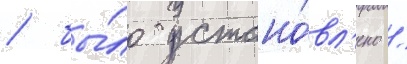
/ бы́ло устано́вл'ено /